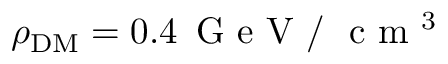
\rho _ { \mathrm { D M } } = 0 . 4 \, \mathrm { ~ G ~ e ~ V ~ / ~ } \mathrm { ~ c ~ m ~ } ^ { 3 }